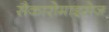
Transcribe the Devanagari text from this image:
सैकारोमाइसेज